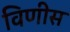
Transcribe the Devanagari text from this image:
विणीस